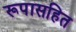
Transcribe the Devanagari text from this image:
रूपासहित